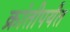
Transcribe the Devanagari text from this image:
क्रांतीपर्यंत